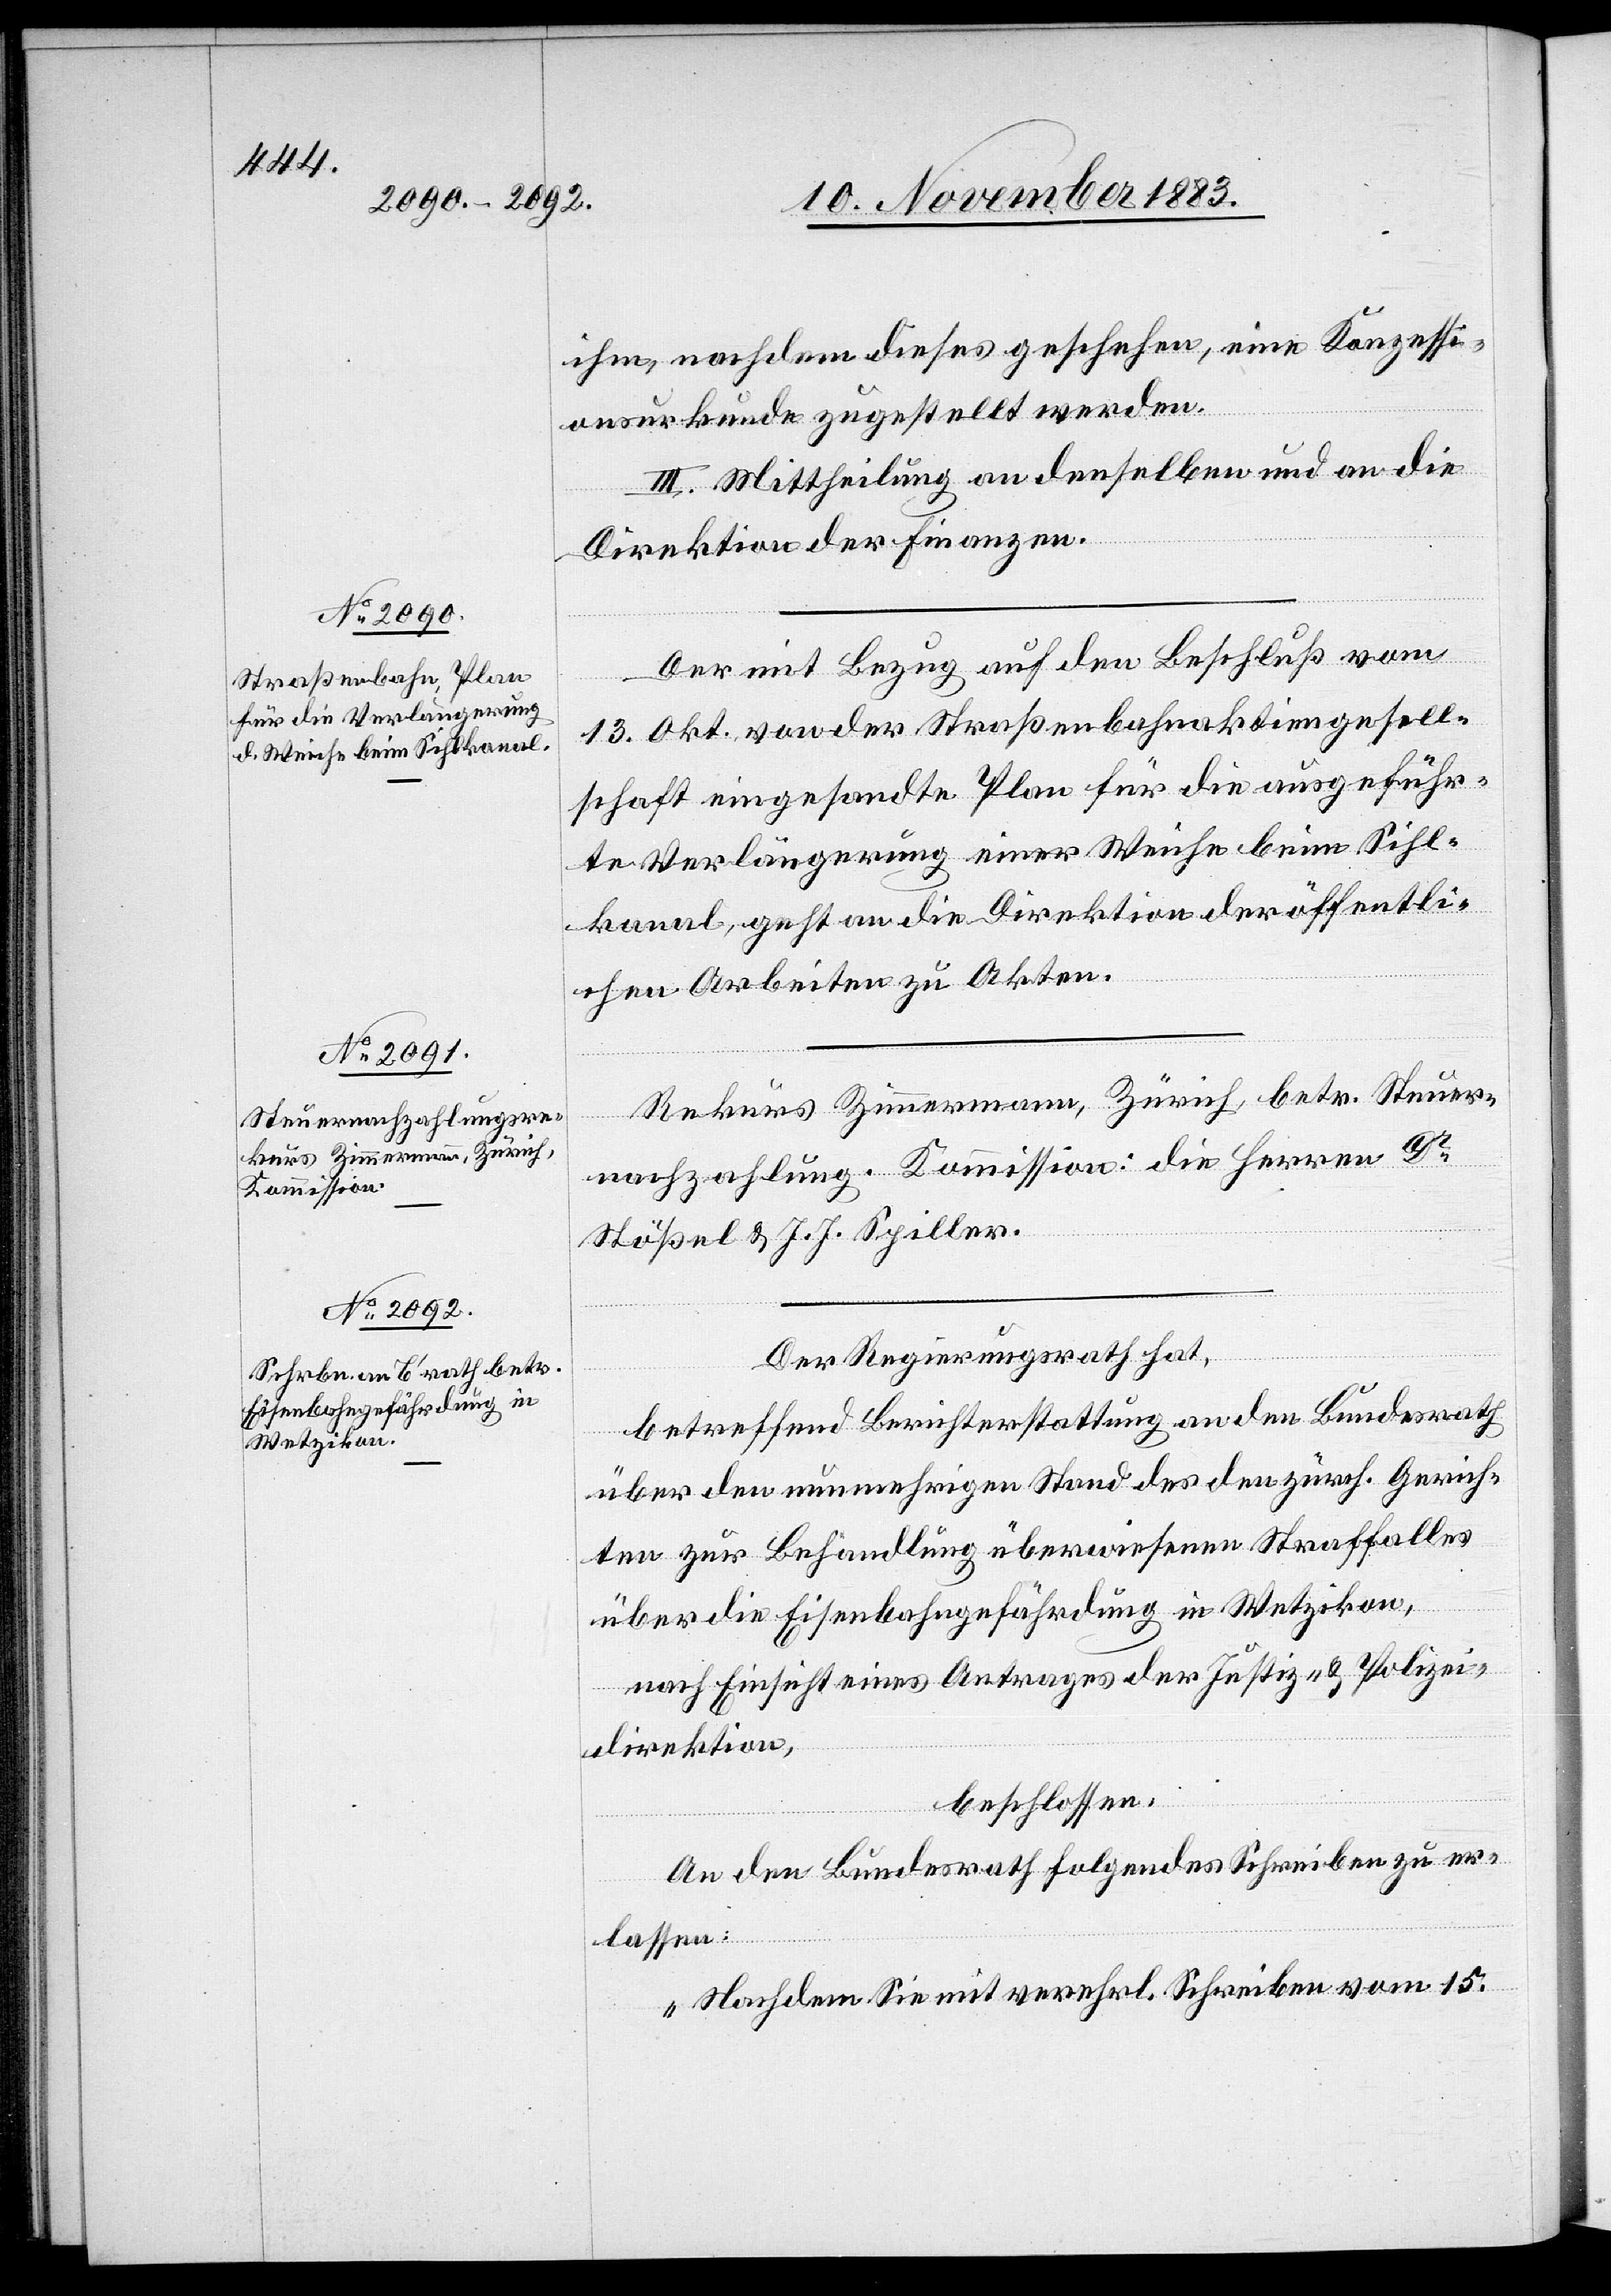
ihm, nachdem dieses geschehen, eine Konzessi¬
onsurkunde zugestellt werden.
III. Mittheilung an denselben und an die
Direktion der Finanzen.
Der mit Bezug auf den Beschluß vom
13. Okt. von der Straßenbahnaktiengesell¬
schaft eingesandte Plan für die ausgeführ¬
te Verlängerung einer Weiche beim Sihl¬
kanal, geht an die Direktion der öffentli¬
chen Arbeiten zu Akten.
Rekurs Zimmermann, Zürich, betr. Steuer¬
nachzahlung. Kommission: die Herren Dr
Stößel & J. J. Spiller.
Der Regierungsrath hat,
betreffend Berichterstattung an den Bundesrath
über den nunmehrigen Stand des den zürch. Gerich¬
ten zur Behandlung überwiesenen Straffalles
über die Eisenbahngefährdung in Wetzikon,
nach Einsicht eines Antrages der Justiz- & Polizei¬
direktion,
beschlossen:
An den Bundesrath folgendes Schreiben zu er¬
lassen:
„Nachdem Sie mit verehrl. Schreiben vom 15.